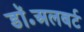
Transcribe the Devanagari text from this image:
डॉ॰अलबर्ट